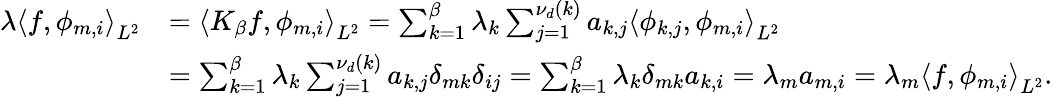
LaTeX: \begin{array}{rl}{\lambda\left\langle f,\phi_{m,i}\right\rangle_{L^{2}}}&{=\left\langle K_{\beta}f,\phi_{m,i}\right\rangle_{L^{2}}=\sum_{k=1}^{\beta}\lambda_{k}\sum_{j=1}^{\nu_{d}(k)}a_{k,j}\left\langle\phi_{k,j},\phi_{m,i}\right\rangle_{L^{2}}}\\ &{=\sum_{k=1}^{\beta}\lambda_{k}\sum_{j=1}^{\nu_{d}(k)}a_{k,j}\delta_{mk}\delta_{ij}=\sum_{k=1}^{\beta}\lambda_{k}\delta_{mk}a_{k,i}=\lambda_{m}a_{m,i}=\lambda_{m}\left\langle f,\phi_{m,i}\right\rangle_{L^{2}}.}\end{array}